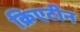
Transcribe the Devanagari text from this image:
क्रिएटीन